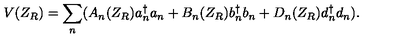
V ( Z _ { R } ) = { \sum _ { n } } ( A _ { n } ( Z _ { R } ) a { _ n ^ { \dagger } } a _ { n } + B _ { n } ( Z _ { R } ) b { _ n ^ { \dagger } } b _ { n } + D _ { n } ( Z _ { R } ) d { _ n ^ { \dagger } } d _ { n } ) .